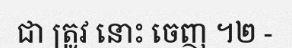
ជា ត្រូវ នោះ ចេញ ។២ -